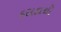
દસકાથી